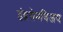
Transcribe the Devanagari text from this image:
इंद्रसेनविजय